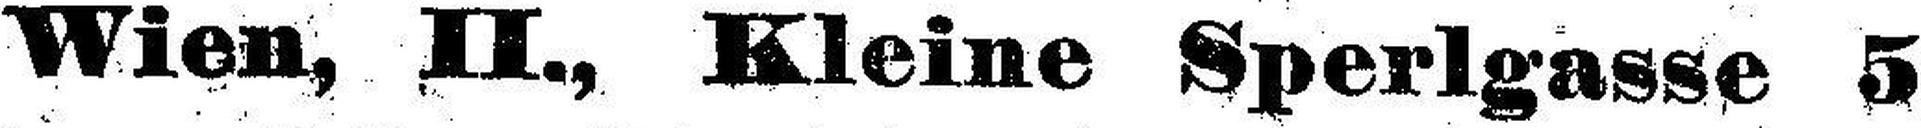
Wien, II., Kleine Sperlgasse 5